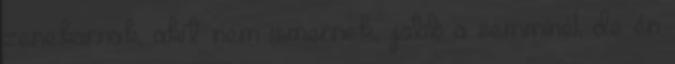
zenekarnak, akit nem ismernek, jobb a semminél, de én